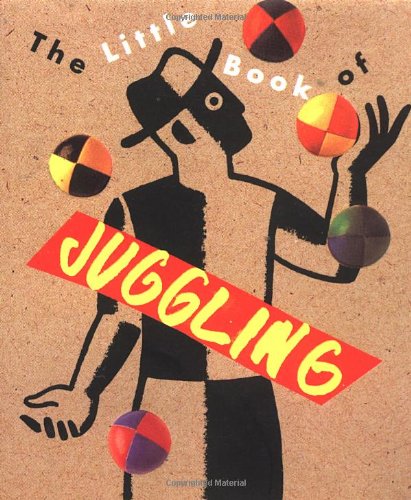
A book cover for The Little Book Of Juggling (Miniature Editions); Richard Dingman; Sports & Outdoors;